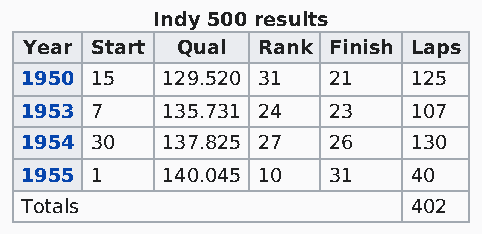
Indy 500 results
 Year Start Qual Rank Finish Laps
 1950 15   129.520 31 21   125
 1953 7    135.731 24 23   107
 1954 30   137.825 27 26   130
 1955 1    140.045 10 31   40
 Totals                    402